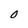
Character: 0